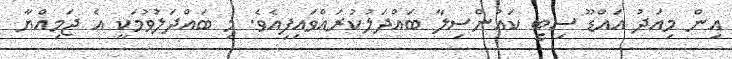
އިން މިއަދު އައްޑޫ ސިޓީ ކައުންސިލާ ބައްދަލުކުރައްވައިފިއެވެ. މި ބައްދަލުވުމަކީ އެ ޖަމިއްޔާ